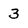
Character: 3